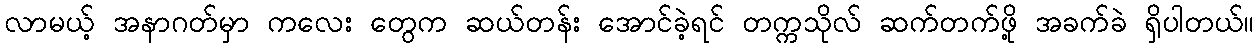
လာမယ့် အနာဂတ်မှာ ကလေး တွေက ဆယ်တန်း အောင်ခဲ့ရင် တက္ကသိုလ် ဆက်တက်ဖို့ အခက်ခဲ ရှိပါတယ်။